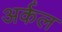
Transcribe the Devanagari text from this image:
अर्कल